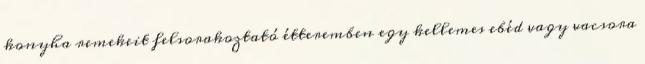
konyha remekeit felsorakoztató étteremben egy kellemes ebéd vagy vacsora